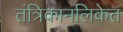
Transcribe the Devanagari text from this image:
तंत्रिकानलिकेत